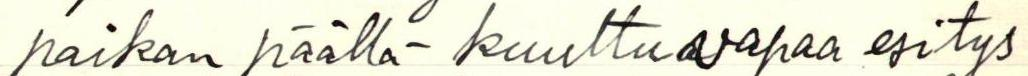
paikan päällä - kuultu vapaa esitys